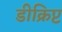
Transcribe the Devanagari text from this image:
डीक्रिप्ट